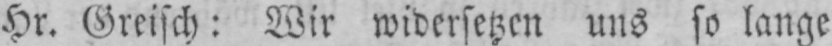
Hr. Greisch: Wir widersetzen uns so lange